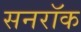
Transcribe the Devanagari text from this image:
सनरॉक